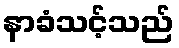
နာခံသင့်သည်